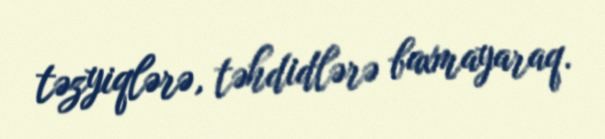
təzyiqlərə, təhdidlərə baxmayaraq.